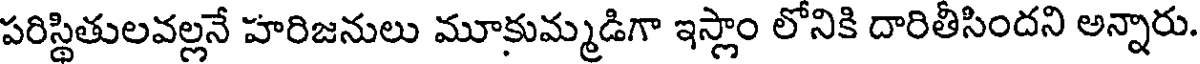
పరిస్థితులవల్లనే హరిజనులు మూకుమ్మడిగా ఇస్లాం లోనికి దారితీసిందని అన్నారు